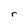
Character: r